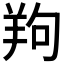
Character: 𦍵